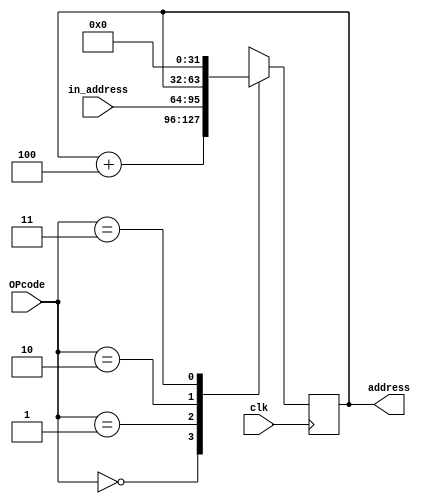
module programCounter(clk,in_address,OPcode,address);
input clk;
input [1:0] OPcode;
input [31:0] in_address;
output [31:0] address;

reg [31:0] reg_address;

always @(posedge clk)
begin
	case(OPcode)
		2'b00 : reg_address = reg_address + 4;
		2'b01 : reg_address = in_address;
		2'b10 : reg_address = address;
		2'b11 : reg_address = 0;
	endcase
end

assign address = reg_address;

endmodule